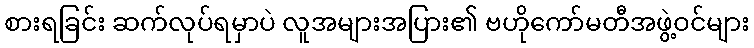
စားရခြင်း ဆက်လုပ်ရမှာပဲ လူအများအပြား၏ ဗဟိုကော်မတီအဖွဲ့ဝင်များ